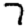
Digit: 7